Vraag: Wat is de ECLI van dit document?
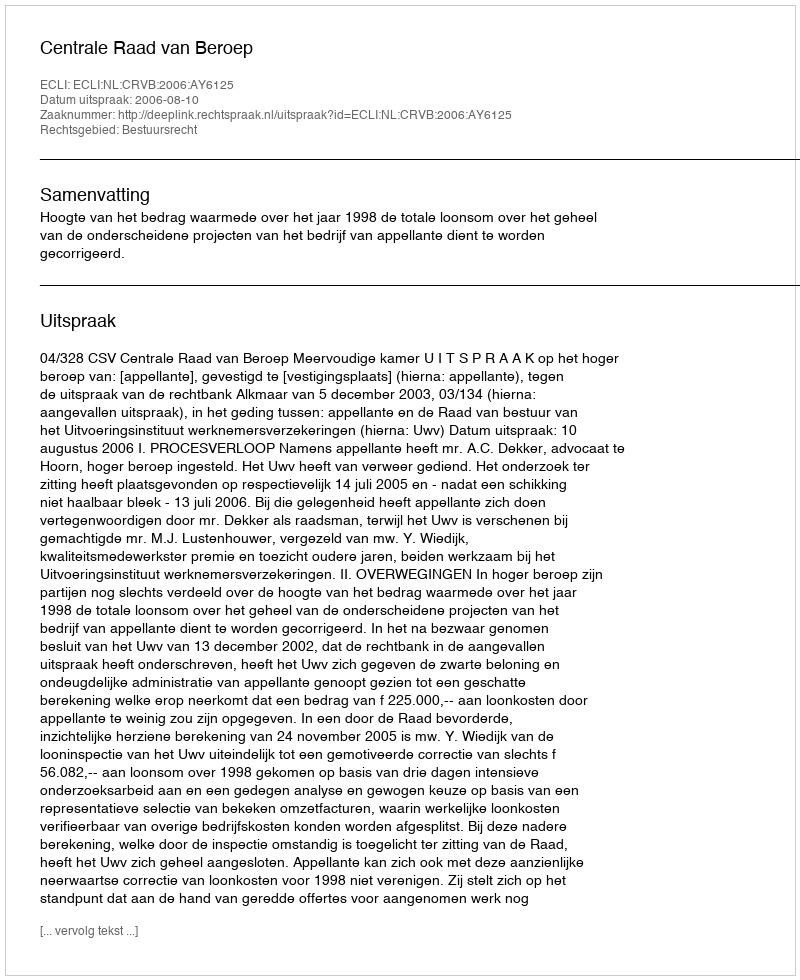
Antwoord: ECLI:NL:CRVB:2006:AY6125